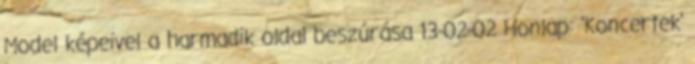
Model képeivel a harmadik oldal beszúrása 13-02-02 Honlap: 'Koncertek'